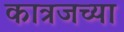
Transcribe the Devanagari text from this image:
कात्रजच्या